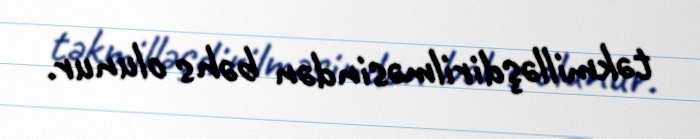
təkmilləşdirilməsindən bəhs olunur.